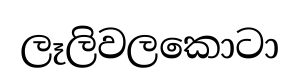
ලෑලිවලකොටා